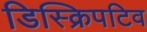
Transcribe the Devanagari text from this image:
डिस्क्रिपटिव